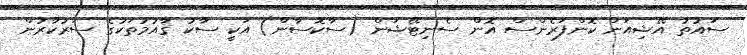
ސައުތު އޭޝިއަން ކޮންފަރެންސް އޮން ސެނިޓޭޝަން (ސާކޮސާން) އަކީ ސާކު ޤާއުމުތަކުގެ ސަރުކާރުން